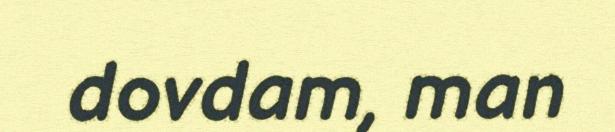
dovdam, man